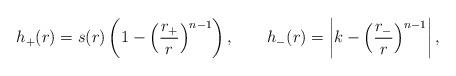
LaTeX: \begin{align*}h_+(r) = s(r) \left(1-\left(\frac{r_+}{r}\right)^{n-1} \right),\qquad h_-(r) = \left|k-\left(\frac{r_{-}}{r}\right)^{n-1}\right|,\end{align*}